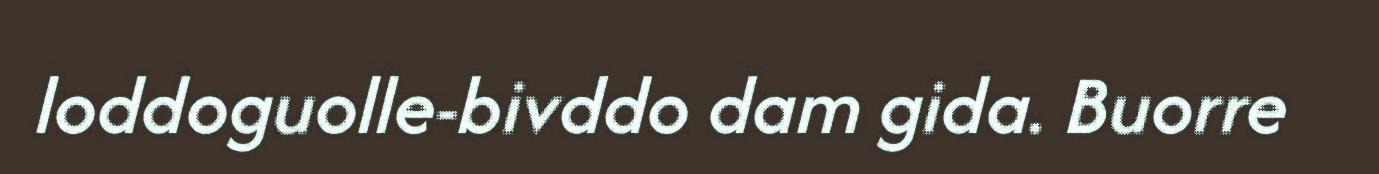
loddoguolle-bivddo dam gida. Buorre